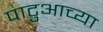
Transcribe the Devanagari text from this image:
पाटुआच्या